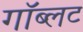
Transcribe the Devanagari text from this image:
गॉब्लट